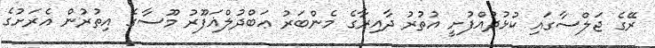
ރޭގެ ޖަލްސާގައި ކުޅުދުއްފުށީ އުތުރު ދާއިރާގެ މެންބަރު ޢަބްދުލްޣަފޫރު މޫސާގެ އިތުރުން އެރަށުގެ